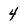
Character: 4